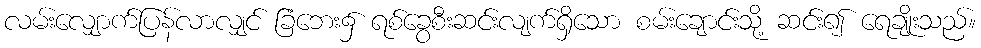
လမ်းလျှောက်ပြန်လာလျှင် ခြံဘေး၌ ရစ်ခွေစီးဆင်းလျက်ရှိသော စမ်းချောင်းသို့ ဆင်း၍ ရေချိုးသည်။